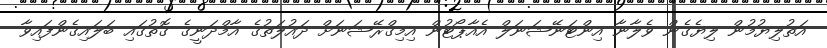
އަތުލިޔުމުން ލިޔެގެން ވެލާނާ އިންޓަނޭޝަނަލް އެއާޕޯޓުން އިމިގްރޭޝަނަށް ދައުލަތުގެ އާމްދަނީގެ ގޮތުގައި ބަލައިގެންފައިވާ